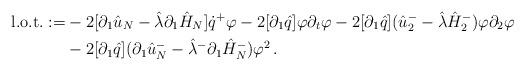
LaTeX: \begin{align*}\mbox{l.o.t.}:=&-2[\partial_1\hat u_N-\hat\lambda\partial_1\hat H_N]\dot q^+\varphi-2[\partial_1\hat q]\varphi\partial_t\varphi-2[\partial_1\hat q](\hat u^-_2-\hat\lambda\hat H^-_2)\varphi\partial_2\varphi\\&-2[\partial_1\hat q](\partial_1\hat u^-_N-\hat\lambda^-\partial_1\hat H^-_N)\varphi^2\,.\end{align*}